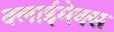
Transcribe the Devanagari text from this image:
क्लाईमेक्स